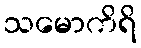
သမောကိရိ